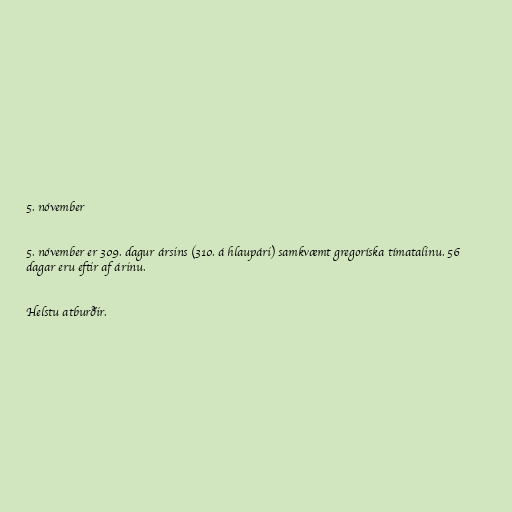
5. nóvember

5. nóvember er 309. dagur ársins (310. á hlaupári) samkvæmt gregoríska tímatalinu. 56
dagar eru eftir af árinu.

Helstu atburðir.